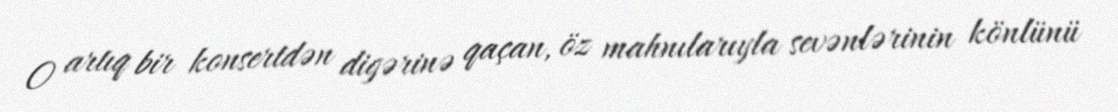
O artıq bir konsertdən digərinə qaçan, öz mahnılarıyla sevənlərinin könlünü